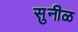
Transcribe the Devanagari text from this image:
सुनीळ